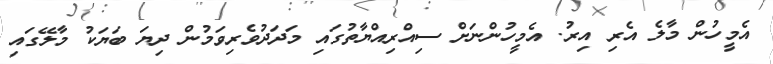
އެމީހުން މާލެ އެރި އިރު. އެމީހުންނަށް ސިއްރިއްޔާތުގައި މަދަދުވެރިވަމުން ދިޔަ ބަޔަކު މާލޭގައި